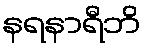
နရနာရီဘိ